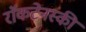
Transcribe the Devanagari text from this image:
राॅकटेनस्की